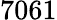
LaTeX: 7061